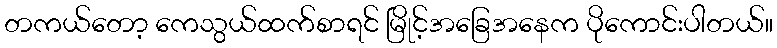
တကယ်တော့ ကေသွယ်ထက်စာရင် မြိုင့်အခြေအနေက ပိုကောင်းပါတယ်။